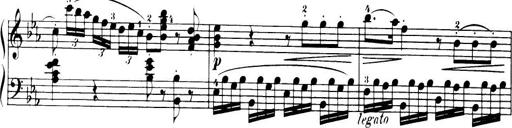
Title: 32 Sonatinas and Rondos for the Piano
Composer: Richard Kleinmichel